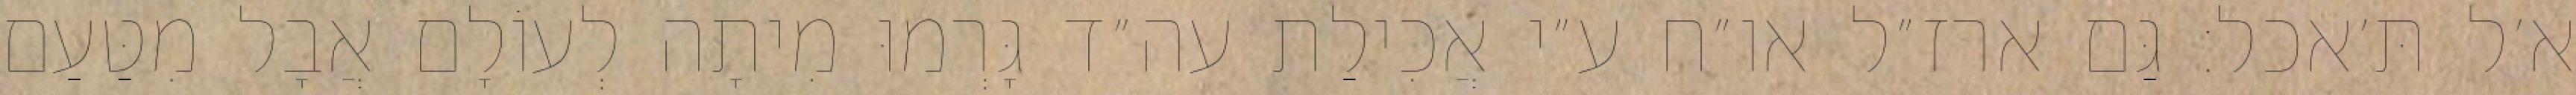
א׳ל תּ׳אכל: גַּם ארז״ל או״ח ע״י אֲכִילַת עה״ד גָּרְמוּ מִיתָה לְעוֹלָם אֲבָל מִטַּעַם